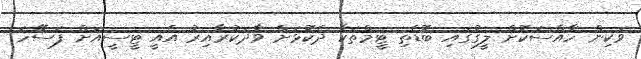
ވަކިން ހާއްސަކޮށް ލީގުގައި ބޮޑެތި ޓީމްތަކާ ދެކޮޅަށް ވާދަކުރާއިރު އެއީ ޓީސީއަށް ފަސޭހަ